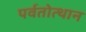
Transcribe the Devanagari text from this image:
पर्वतोत्‍थान